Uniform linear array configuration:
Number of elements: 24
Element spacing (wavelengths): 0.5
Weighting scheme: hann
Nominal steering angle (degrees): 0
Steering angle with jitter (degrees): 1.137
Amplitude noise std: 0.05
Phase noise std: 0.05

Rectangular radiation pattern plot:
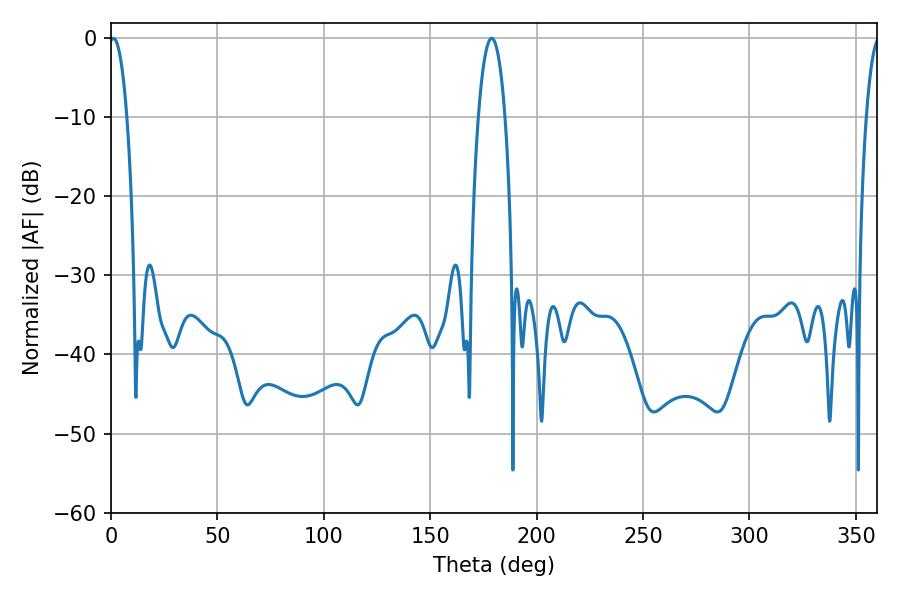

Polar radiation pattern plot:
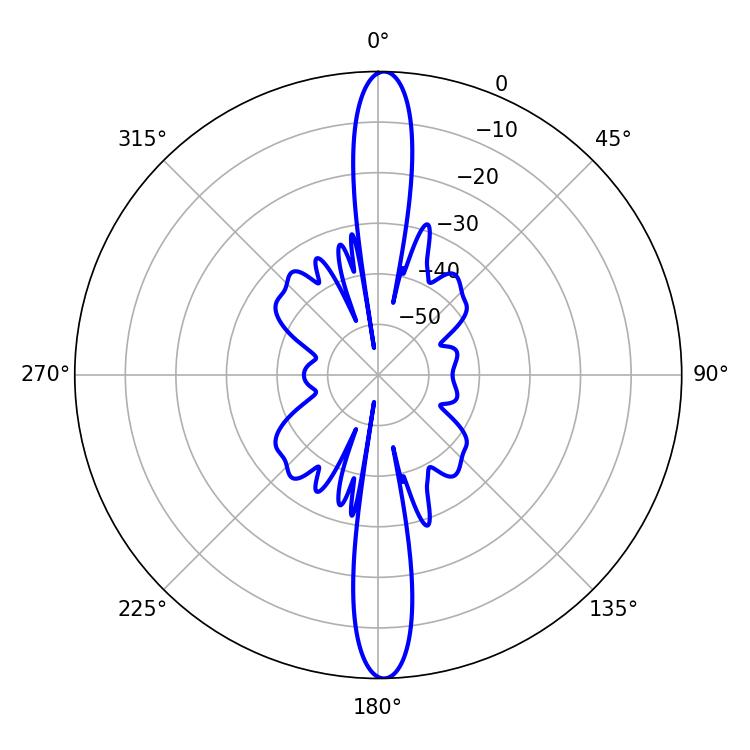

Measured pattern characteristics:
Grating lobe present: FALSE
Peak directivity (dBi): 25.88
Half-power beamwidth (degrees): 4.68
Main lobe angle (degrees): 1.08